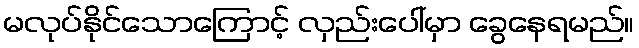
မလုပ်နိုင်သောကြောင့် လှည်းပေါ်မှာ ခွေနေရမည်။